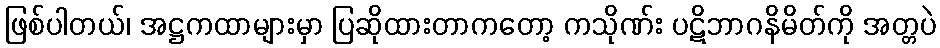
ဖြစ်ပါတယ်၊ အဋ္ဌကထာများမှာ ပြဆိုထားတာကတော့ ကသိုဏ်း ပဋိဘာဂနိမိတ်ကို အတ္တပဲ